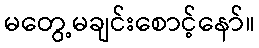
မတွေ့မချင်းစောင့်နော်။